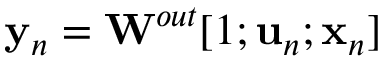
{ \bf y } _ { n } = { \bf W } ^ { o u t } [ 1 ; { \bf u } _ { n } ; { \bf x } _ { n } ]